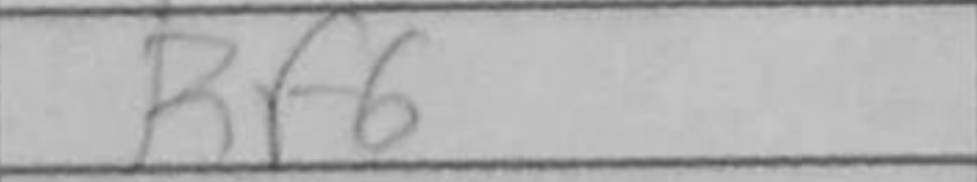
Transcription: Rf6